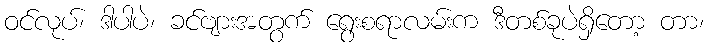
ဝင်လုပ်၊ ဒါပါပဲ၊ ခင်ဗျားအတွက် ရွေးစရာလမ်းက ဒီတစ်ခုပဲရှိတော့ တာ၊